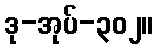
ဒု-အုပ်-၃၀၂။